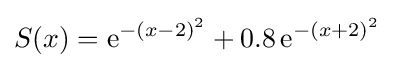
S(x)={\textrm {e}}^{-(x-2)^{2}}+0.8\,{\textrm {e}}^{-(x+2)^{2}}